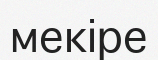
мекіре